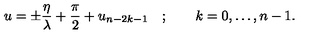
u = \pm \frac { \eta } { \lambda } + \frac { \pi } { 2 } + u _ { n - 2 k - 1 } \quad ; \qquad k = 0 , \dots , n - 1 .